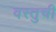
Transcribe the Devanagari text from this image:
वस्तुची